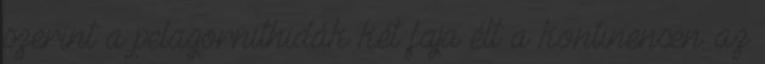
szerint a pelagornithidák két faja élt a kontinensen: az